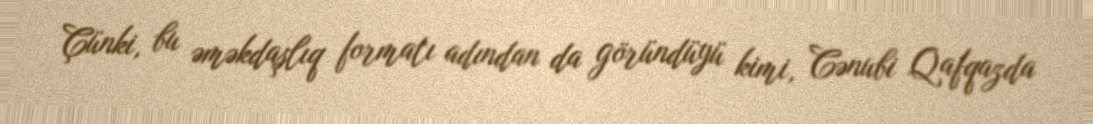
Çünki, bu əməkdaşlıq formatı adından da göründüyü kimi, Cənubi Qafqazda